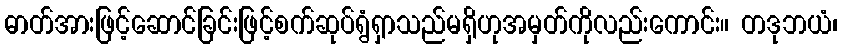
ဓာတ်အားဖြင့်ဆောင်ခြင်းဖြင့်စက်ဆုပ်ရွံရှာသည်မရှိဟုအမှတ်ကိုလည်းကောင်း။ တဒုဘယံ၊